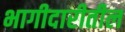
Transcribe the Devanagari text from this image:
भागीदारीतील